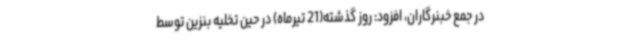
در جمع خبنرگاران، افزود: روز گذشته(21 تیرماه) در حین تخلیه بنزین توسط